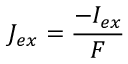
J _ { e x } = \frac { - I _ { e x } } { F }